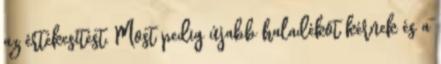
az értékesítést. Most pedig újabb haladékot kérnek és a